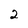
Character: 2